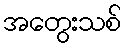
အတွေးသစ်